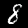
Digit: 8